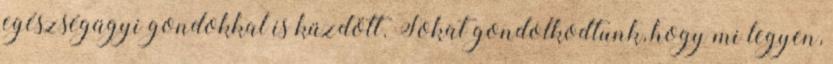
egészségügyi gondokkal is küzdött. Sokat gondolkodtunk, hogy mi legyen,